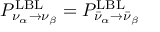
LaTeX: P _ { \nu _ { \alpha } \to \nu _ { \beta } } ^ { \mathrm { L B L } } = P _ { \bar { \nu } _ { \alpha } \to \bar { \nu } _ { \beta } } ^ { \mathrm { L B L } }